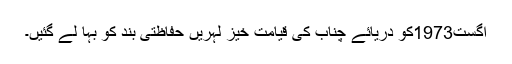
اگست1973کو دریائے چناب کی قیامت خیز لہریں حفاظتی بند کو بہا لے گئیں۔